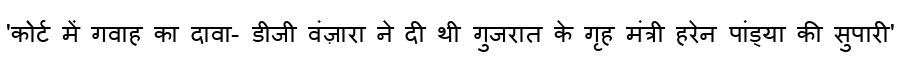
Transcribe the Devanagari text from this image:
'कोर्ट में गवाह का दावा- डीजी वंज़ारा ने दी थी गुजरात के गृह मंत्री हरेन पांड्या की सुपारी'